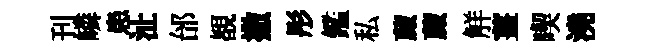
刊嶙患沚邰覩撒彤鑑私蕆蕆觧薑喫澆